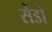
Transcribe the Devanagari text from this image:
सेंडो